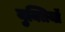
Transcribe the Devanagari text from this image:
युक्तियॉ